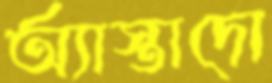
অ্যাস্তাদো